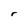
Character: r